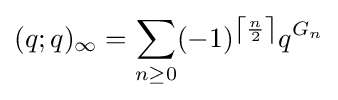
(q;q)_{\infty }=\sum _{n\geq 0}(-1)^{\left\lceil {\frac {n}{2}}\right\rceil }q^{G_{n}}